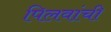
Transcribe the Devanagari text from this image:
पिलवांची